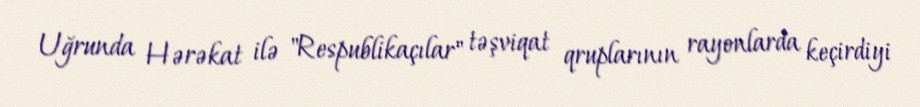
Uğrunda Hərəkat ilə "Respublikaçılar" təşviqat qruplarının rayonlarda keçirdiyi